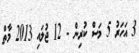
3 އަހަރު 5 މަސް ކުރިން - 12 ޖުލައި 2013 މާތް